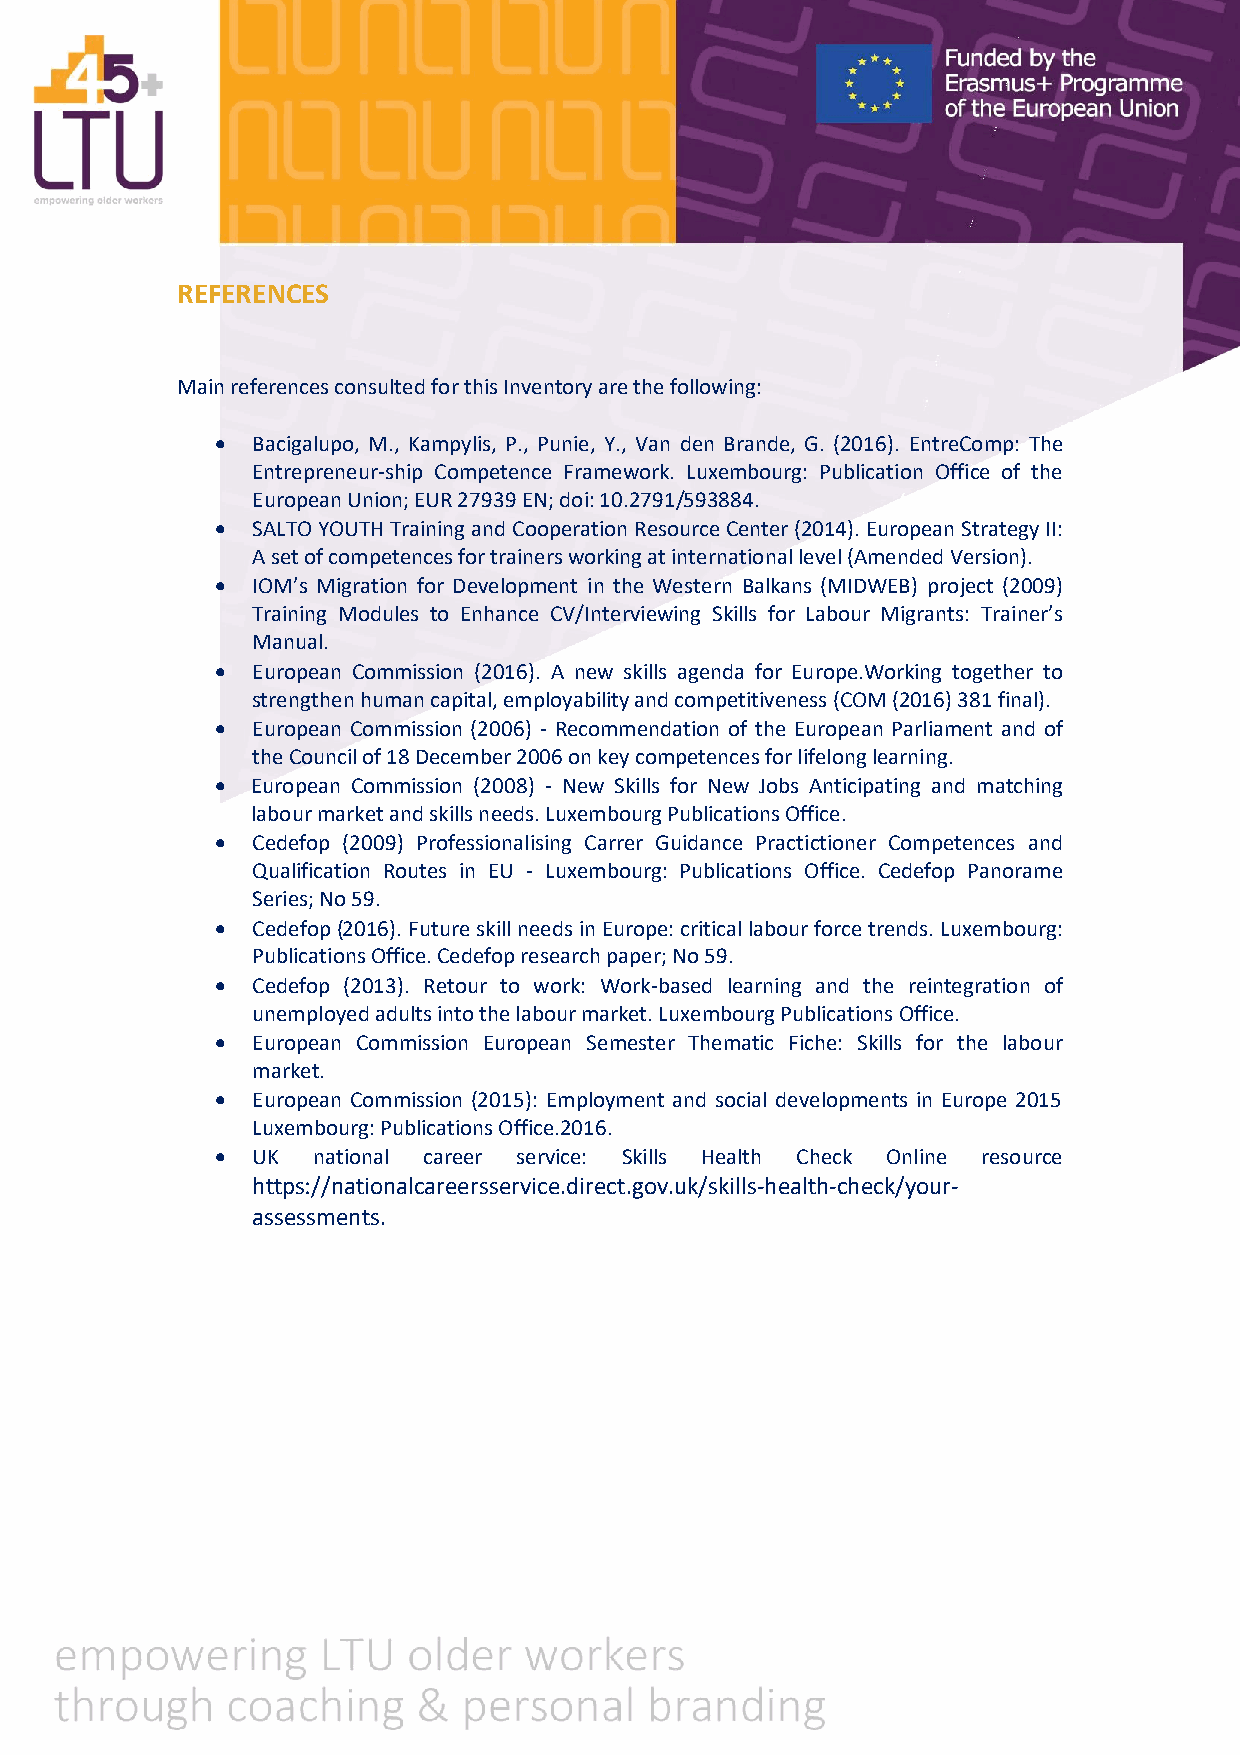
REFERENCES
 Main references consulted for this Inventory are the following:
 •  Bacigalupo, M., Kampylis, P., Punie, Y., Van den Brande, G. (2016). EntreComp: The
 Entrepreneur-ship Competence Framework. Luxembourg: Publication Office of the
 European Union; EUR 27939 EN; doi: 10.2791/593884.
 •  SALTO YOUTH Training and Cooperation Resource Center (2014). European Strategy II:
 A set of competences for trainers working at international level (Amended Version).
 •  IOM’s Migration for Development in the Western Balkans (MIDWEB) project (2009)
 Training Modules to Enhance CV/Interviewing Skills for Labour Migrants: Trainer’s
 Manual.
 •  European Commission (2016). A new skills agenda for Europe.Working together to
 strengthen human capital, employability and competitiveness (COM (2016) 381 final).
 •  European Commission (2006) - Recommendation of the European Parliament and of
 the Council of 18 December 2006 on key competences for lifelong learning.
 •  European Commission (2008) - New Skills for New Jobs Anticipating and matching
 labour market and skills needs. Luxembourg Publications Office.
 •  Cedefop (2009) Professionalising Carrer Guidance Practictioner Competences and
 Qualification Routes in EU - Luxembourg: Publications Office. Cedefop Panorame
 Series; No 59.
 •  Cedefop (2016). Future skill needs in Europe: critical labour force trends. Luxembourg:
 Publications Office. Cedefop research paper; No 59.
 •  Cedefop (2013). Retour to work: Work-based learning and the reintegration of
 unemployed adults into the labour market. Luxembourg Publications Office.
 •  European Commission European Semester Thematic Fiche: Skills for the labour
 market.
 •  European Commission (2015): Employment and social developments in Europe 2015
 Luxembourg: Publications Office.2016.
 •  UK  national career service: Skills Health Check Online resource
 https://nationalcareersservice.direct.gov.uk/skills-health-check/your-
 assessments.